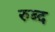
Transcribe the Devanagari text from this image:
रुब्द